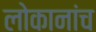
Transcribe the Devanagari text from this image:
लोकानांच